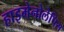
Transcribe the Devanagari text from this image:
हाइमेनोलेपिस